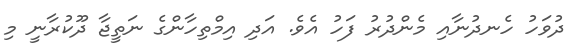
ދުވަހު ހެނދުނާއި މެންދުރު ފަހު އެވެ. އަދި އިމްތިހާންގެ ނަތީޖާ ދޫކުރާނީ މި